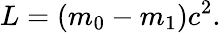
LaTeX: L={(m_{0}-m_{1})c^{2}}.